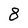
Character: 8